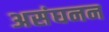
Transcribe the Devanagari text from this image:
असंघनन